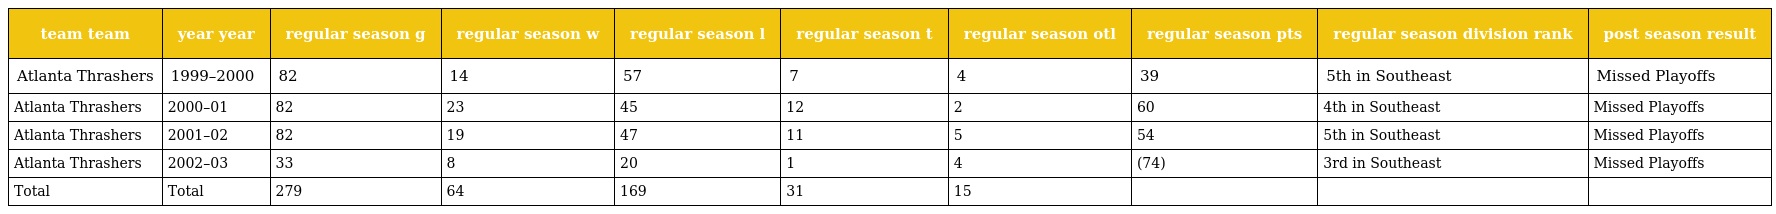
| team team | year year | regular season g | regular season w | regular season l | regular season t | regular season otl | regular season pts | regular season division rank | post season result |
 | --- | --- | --- | --- | --- | --- | --- | --- | --- | --- |
 | Atlanta Thrashers | 1999–2000 | 82 | 14 | 57 | 7 | 4 | 39 | 5th in Southeast | Missed Playoffs |
 | Atlanta Thrashers | 2000–01 | 82 | 23 | 45 | 12 | 2 | 60 | 4th in Southeast | Missed Playoffs |
 | Atlanta Thrashers | 2001–02 | 82 | 19 | 47 | 11 | 5 | 54 | 5th in Southeast | Missed Playoffs |
 | Atlanta Thrashers | 2002–03 | 33 | 8 | 20 | 1 | 4 | (74) | 3rd in Southeast | Missed Playoffs |
 | Total | Total | 279 | 64 | 169 | 31 | 15 |  |  |  |